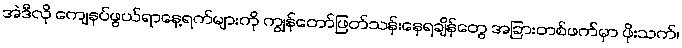
အဲဒီလို ကျေနပ်ဖွယ်ရာနေ့ရက်များကို ကျွန်တော်ဖြတ်သန်းနေရချိန်တွေ အခြားတစ်ဖက်မှာ ဖိုးသက်၊